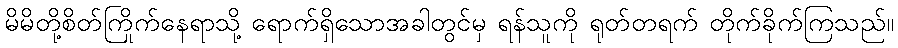
မိမိတို့စိတ်ကြိုက်နေရာသို့ ရောက်ရှိသောအခါတွင်မှ ရန်သူကို ရုတ်တရက် တိုက်ခိုက်ကြသည်။